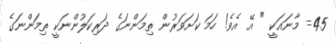
45= މާނައަކީ " އޭ އެވެ! ހަމަ ކަށަވަރުން ތިމަންނަގެ ދަރިކަލުންނަކީ ތިމަންނަގެ